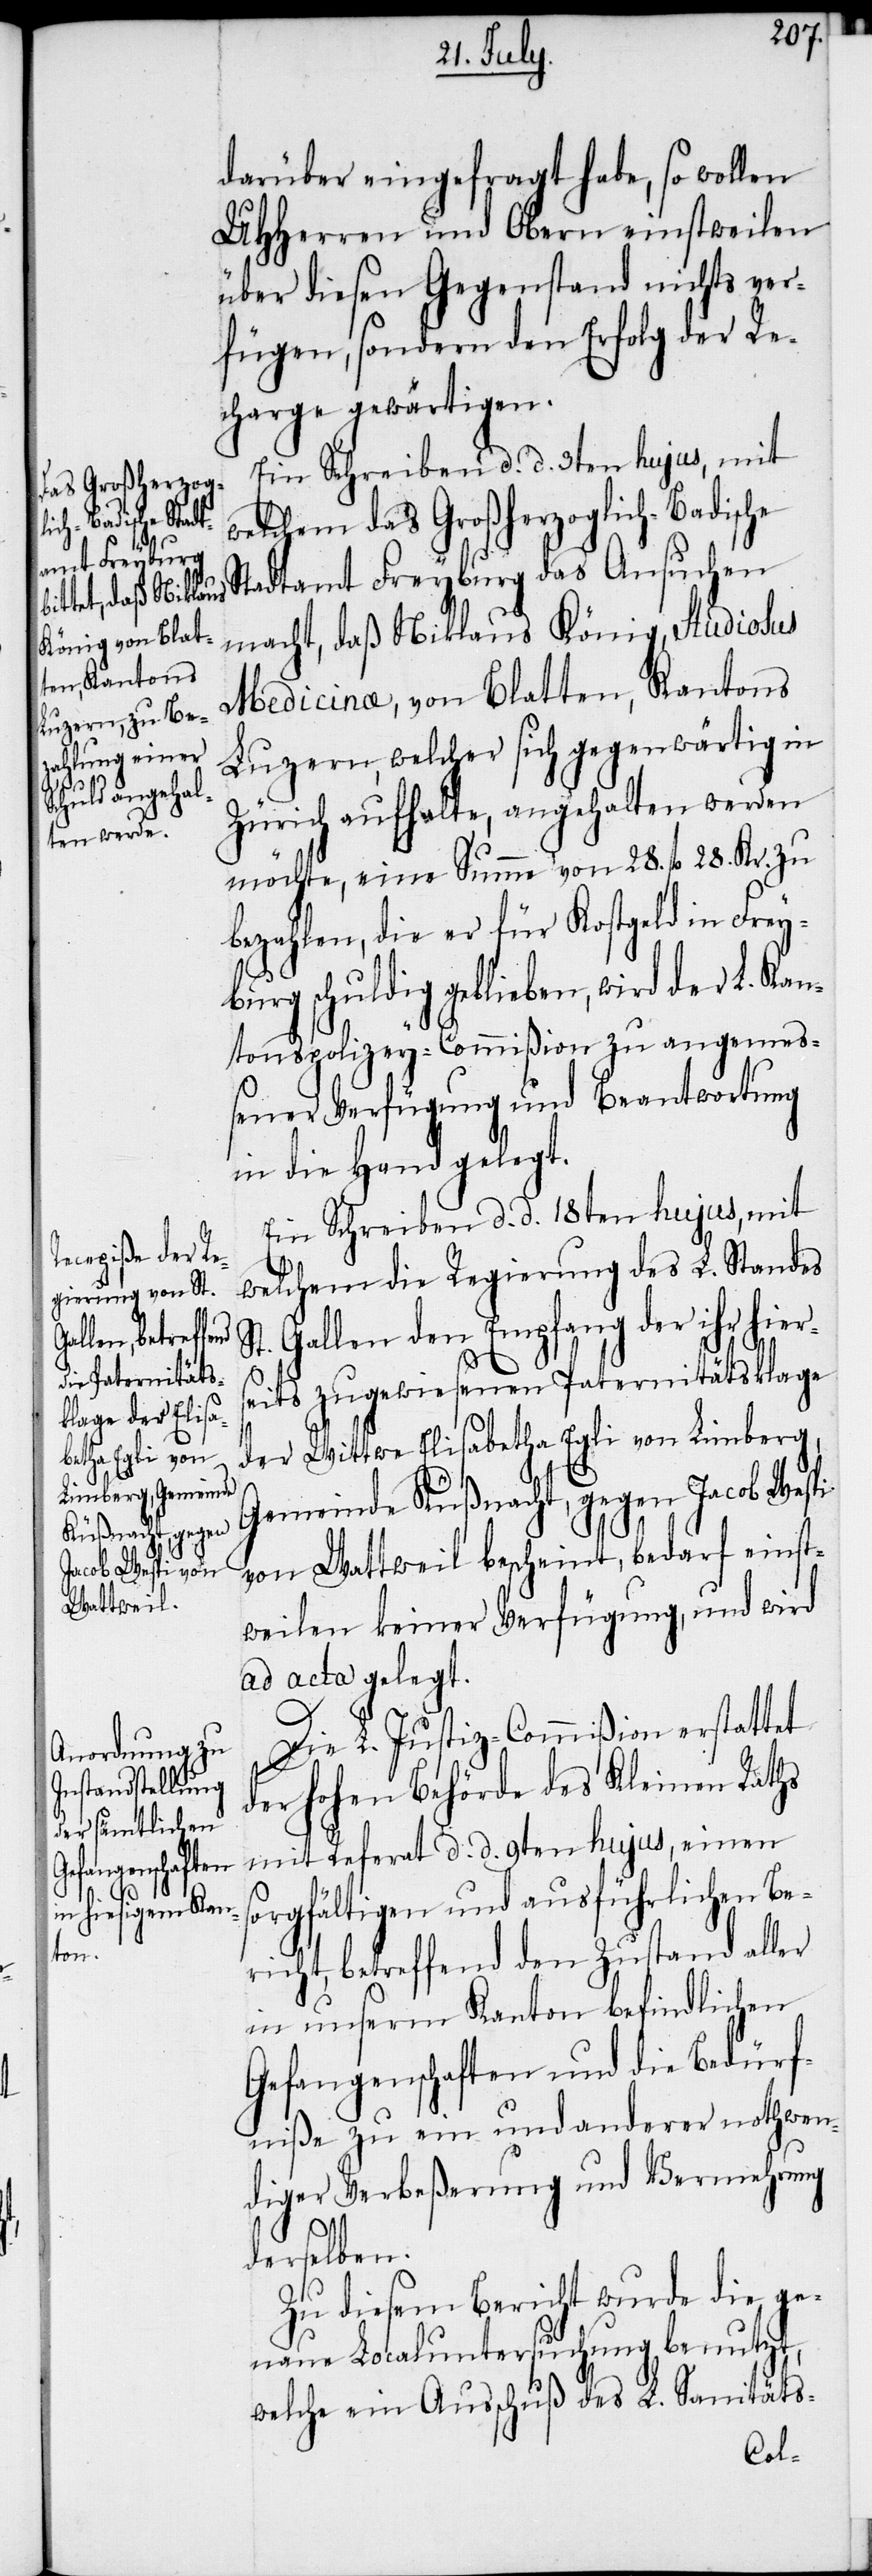
S¬

darüber eingefragt habe, so wollen
UHHerren und Obern einstweilen
über diesen Gegenstand nichts ver¬
fügen, sondern den Erfolg der Re¬
charge gewärtigen.
Ein Schreiben d. d. 3ten hujus, mit
welchem das Großherzoglich-Badische
Stadtamt Freyburg das Ansuchen
macht, daß Niklaus König, Studiosus
Medicinae, von Blatten, Kantons
Luzern, welcher sich gegenwärtig in
Zürich aufhalte, angehalten werden
möchte, eine Summe von 28. fl 28. Kr. zu
bezahlen, die er für Kostgeld in Frey¬
burg schuldig geblieben, wird der L. Kan¬
tonspolizey-Commißion zu angemeß¬
ener Verfügung und Beantwortung
in die Hand gelegt.
Ein Schreiben d. d. 18ten hujus, mit
welchem die Regierung des L. Standes
t. Gallen den Empfang der ihr hiers¬
eits zugewiesenen Paternitätsklage
der Wittwe Elisabetha Egli von Limberg,
Gemeinde Küßnacht, gegen Jacob Wespi
von Wattweil bescheint, bedarf einst¬
weilen keiner Verfügung, und wird
ad acta gelegt.
Die L. Justiz-Commißion erstattet
der hohen Behörde des Kleinen Raths
mit Referat d. d. 9ten hujus, einen
sorgfältigen und ausführlichen Be¬
richt, betreffend den Zustand aller
in unserm Kanton befindlichen
Gefangenschaften und die Bedürf¬
niße zu ein und anderer nothwen¬
diger Verbeßerung und Vermehrung
derselben.
Zu diesem Bericht wurde die ge¬
naue Localuntersuchung benutzt,
welche ein Ausschuß des L. Sanitäts-